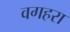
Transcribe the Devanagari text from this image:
वगहरा